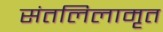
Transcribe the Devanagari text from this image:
संतलिलामृत